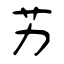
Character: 艻